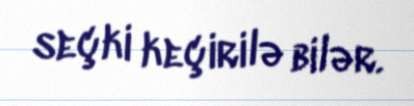
seçki keçirilə bilər.